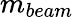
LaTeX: m_{beam}